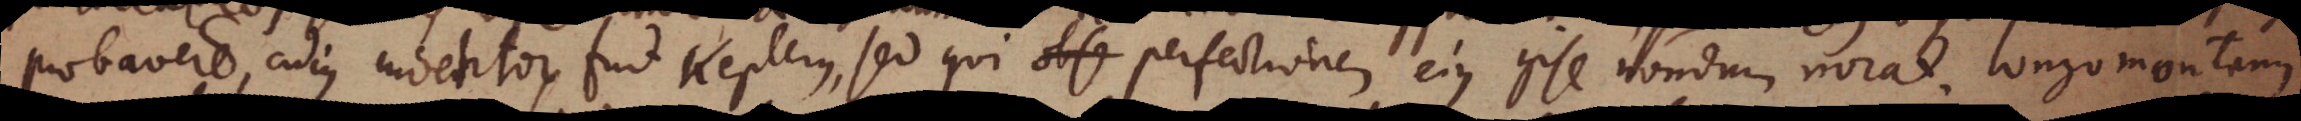
probavere, cujus inventor fuit Keplerus, sed qui perfectionem ejus ipse nondum norat. Longomontanus